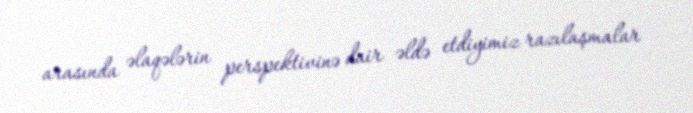
arasında əlaqələrin perspektivinə dair əldə etdiyimiz razılaşmalar